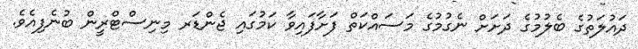
ދައުލަތުގެ ބެލުމުގެ ދަށަށް ނެގުމުގެ މަސައްކަތް ފަށާފައިވާ ކަމުގައި ޖެންޑަރ މިނިސްޓްރީން ބުނެފިއެވެ.